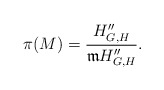
\begin{align*}\pi(M)=\frac{H''_{G,H}}{\frak{m}H''_{G,H}}.\end{align*}